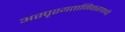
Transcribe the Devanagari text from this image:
अस्पृश्‍यतानिवारणाची